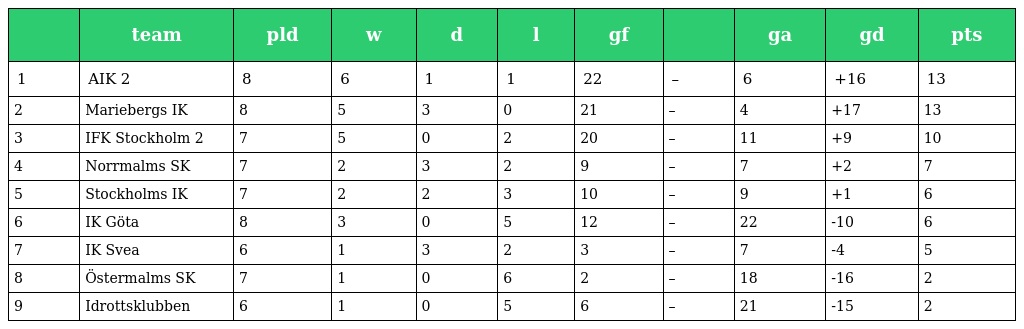
|  | team | pld | w | d | l | gf |  | ga | gd | pts |
 | --- | --- | --- | --- | --- | --- | --- | --- | --- | --- | --- |
 | 1 | AIK 2 | 8 | 6 | 1 | 1 | 22 | – | 6 | +16 | 13 |
 | 2 | Mariebergs IK | 8 | 5 | 3 | 0 | 21 | – | 4 | +17 | 13 |
 | 3 | IFK Stockholm 2 | 7 | 5 | 0 | 2 | 20 | – | 11 | +9 | 10 |
 | 4 | Norrmalms SK | 7 | 2 | 3 | 2 | 9 | – | 7 | +2 | 7 |
 | 5 | Stockholms IK | 7 | 2 | 2 | 3 | 10 | – | 9 | +1 | 6 |
 | 6 | IK Göta | 8 | 3 | 0 | 5 | 12 | – | 22 | -10 | 6 |
 | 7 | IK Svea | 6 | 1 | 3 | 2 | 3 | – | 7 | -4 | 5 |
 | 8 | Östermalms SK | 7 | 1 | 0 | 6 | 2 | – | 18 | -16 | 2 |
 | 9 | Idrottsklubben | 6 | 1 | 0 | 5 | 6 | – | 21 | -15 | 2 |